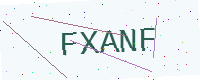
Text: FXANF